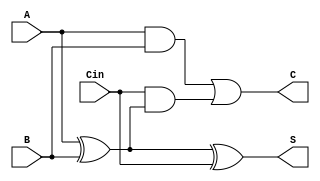
module basic_csa (
    input [3:0] A,      // First operand
    input [3:0] B,      // Second operand
    input [3:0] Cin,    // Carry input
    output [3:0] S,     // Sum output
    output [3:0] C      // Carry output
);
    assign S = A ^ B ^ Cin; // Sum calculation
    assign C = (A & B) | (Cin & (A ^ B)); // Carry calculation
endmodule